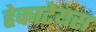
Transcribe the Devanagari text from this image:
हेकाटेयस